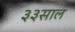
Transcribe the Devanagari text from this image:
३३साल